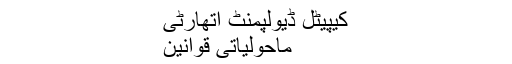
کیپیٹل ڈیولپمنٹ اتھارٹی
ماحولیاتی قوانین